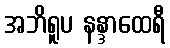
အဘိရူပ နန္ဒာထေရီ